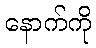
နောက်ကို